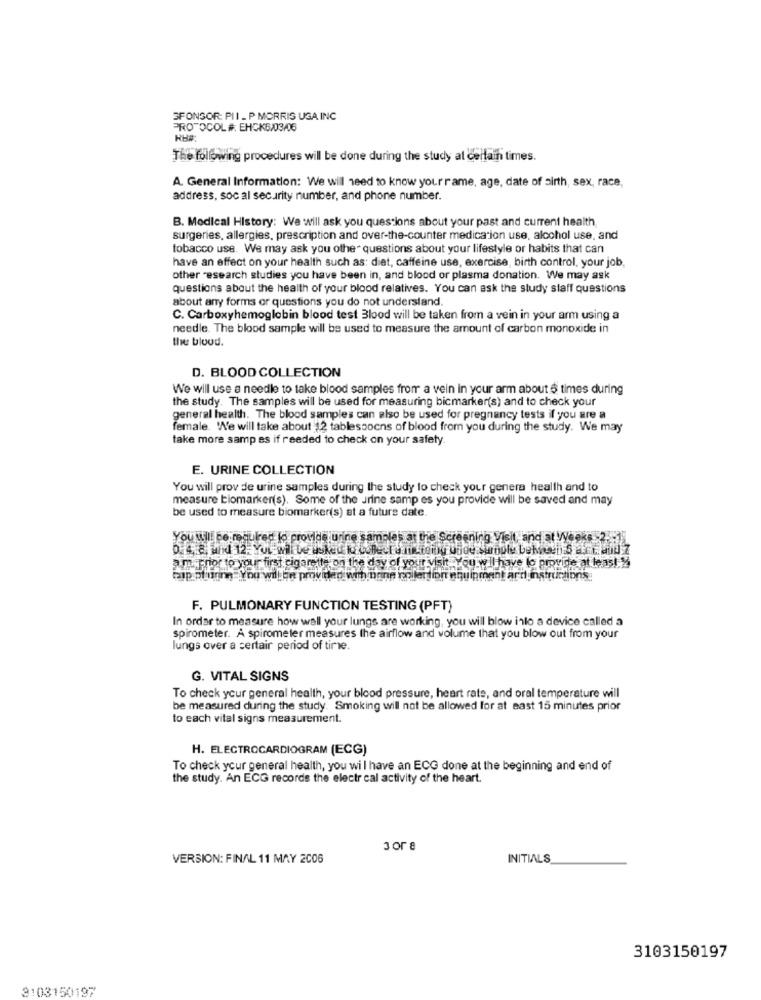
SPONSOR: PII _ P MORRIS USA INC
PROTOCOL #. EHCK6/03/06
The following procedures will be done during the study al certain times.
A. General Information: We will need to know your rame, age, date of birth, sex, race,
address, soc al security number, and phone number.
B. Medical History: We will ask you questions about your past and current health,
surgeries, allergies, prescription and over-the-counter medication use, alcohol use, and
tobacco use. We may ask you other questions about your lifestyle or habits that can
have an effect on your health such as: diet, caffeine use, exercise, birth control, your job,
other research studies you have been in, and blood or plasma donation. We may ask
questions about the health of your blood relatives. You can ask the study staff questions
about any forms or questions you do not understand.
C. Carboxyhemoglobin blood test Blood will be taken from a vein in your arm using a
needle. The blood sample will be used to measure the amount of carbon monoxide in
the blood.
D. BLOOD COLLECTION
We will use a needle to take blood samples from a vein in your arm about 5 times during
the study. The samples will be used for measuring bicmarker(s) and to check your
general health. The blood samples can also be used for pregnancy tests if you are a
female. "We will take about 12 tablespoons of blood from you during the study. We may
take more samp es if reeded to check on your safety.
E. URINE COLLECTION
You will prov de urine samples during the study to check your genera health and to
measure biomarker(s). Some of the urine samp es you provide will be saved and may
be used to measure biomarker(s) at a future date.
You will be required to provide urine samples at the Screening Visit, and at Weeks -2.
am. prior to your first cigarette on the day of your visit You w ll have lo provide at least 2
wip pt unne You will be provided with none nollerttion equipment ard instructions
F. PULMONARY FUNCTION TESTING (PFT)
In order to measure how wall your lungs are working, you will blow inlo a device called a
spirometer. A spirometer measures the airflow and volume that you blow out from your
lungs over a certair period of time.
G. VITAL SIGNS
To check your general health, your blood pressure, heart rate, and oral temperature will
be measured during the study. Smoking will not be allowed for at east 15 minutes prior
to each vital signs measurement.
H. ELECTROCARDIOGRAM (ECG)
To check your general health, you wil have an ECG done at the beginning and end of
the study. An ECG records the electr cal activity of the heart.
3 or 8
VERSION: FINAL 11 MAY 2006
INITIALS
3103150197
3103150197